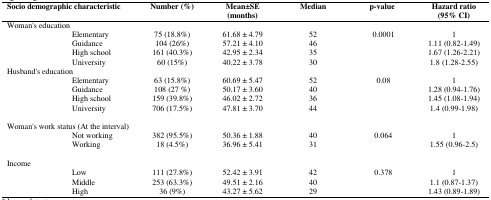
<table><thead><tr><td colspan="2"><b>Socio demographic characteristic</b></td><td><b>Number (%)</b></td><td><b>Mean±SE(months)</b></td><td><b>Median</b></td><td><b>p-value<sup>*</sup></b></td><td><b>Hazard ratio(95% CI)</b></td></tr></thead><tbody><tr><td colspan="2">Woman&#x27;s education</td><td></td><td></td><td></td><td></td><td></td></tr><tr><td></td><td>Elementary</td><td>75 (18.8%)</td><td>61.68 ± 4.79</td><td>52</td><td rowspan="4">0.0001</td><td>1</td></tr><tr><td></td><td>Guidance</td><td>104 (26%)</td><td>57.21 ± 4.10</td><td>46</td><td>1.11 (0.82-1.49)</td></tr><tr><td></td><td>High school</td><td>161 (40.3%)</td><td>42.95 ± 2.34</td><td>35</td><td>1.67 (1.26-2.21)</td></tr><tr><td></td><td>University</td><td>60 (15%)</td><td>40.22 ± 3.78</td><td>30</td><td>1.8 (1.28-2.55)</td></tr><tr><td colspan="2">Husband&#x27;s education</td><td></td><td></td><td></td><td></td><td></td></tr><tr><td></td><td>Elementary</td><td>63 (15.8%)</td><td>60.69 ± 5.47</td><td>52</td><td rowspan="4">0.08</td><td>1</td></tr><tr><td></td><td>Guidance</td><td>108 (27 %)</td><td>50.17 ± 3.60</td><td>40</td><td>1.28 (0.94-1.76)</td></tr><tr><td></td><td>High school</td><td>159 (39.8%)</td><td>46.02 ± 2.72</td><td>36</td><td>1.45 (1.08-1.94)</td></tr><tr><td></td><td>University</td><td>706 (17.5%)</td><td>47.81 ± 3.70</td><td>44</td><td>1.4 (0.99-1.98)</td></tr><tr><td colspan="2">Woman&#x27;s work status (At the interval)</td><td></td><td></td><td></td><td></td><td></td></tr><tr><td></td><td>Not working</td><td>382 (95.5%)</td><td>50.36 ± 1.88</td><td>40</td><td rowspan="2">0.064</td><td>1</td></tr><tr><td></td><td>Working</td><td>18 (4.5%)</td><td>36.96 ± 5.41</td><td>31</td><td>1.55 (0.96-2.5)</td></tr><tr><td colspan="2">Income</td><td></td><td></td><td></td><td></td><td></td></tr><tr><td></td><td>Low</td><td>111 (27.8%)</td><td>52.42 ± 3.91</td><td>42</td><td rowspan="3">0.378</td><td>1</td></tr><tr><td></td><td>Middle</td><td>253 (63.3%)</td><td>49.51 ± 2.16</td><td>40</td><td>1.1 (0.87-1.37)</td></tr><tr><td></td><td>High</td><td>36 (9%)</td><td>43.27 ± 5.62</td><td>29</td><td>1.43 (0.89-1.89)</td></tr></tbody></table>